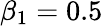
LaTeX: \beta_{1}=0.5